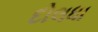
દોલધા